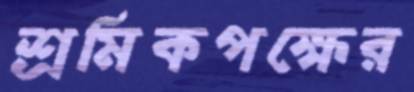
শ্রমিকপক্ষের